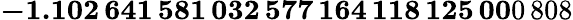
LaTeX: \mathbf{-1.102\, 641\, 581\, 032\, 577\, 164\, 118\, 125\, 00}0\, 808